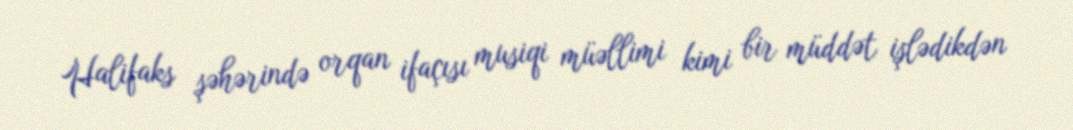
Halifaks şəhərində orqan ifaçısı musiqi müəllimi kimi bir müddət işlədikdən